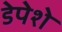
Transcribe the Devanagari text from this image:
डेपेशे